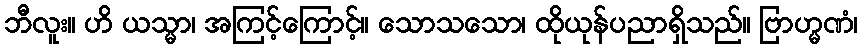
ဘီလူး။ ဟိ ယသ္မာ၊ အကြင့်ကြောင့်။ သောသသော၊ ထိုယုန်ပညာရှိသည်။ ဗြာဟ္မဏံ၊